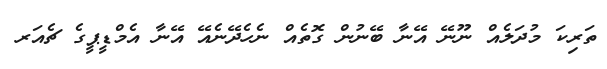
ތަރިކަ މުދަލެއް ނޫނޭ އޭނާ ބޭނުން ގޮތެއް ނެހެދޭނެއޭ އޭނާ އެމްޑީޕީގެ ޗެއަރ